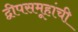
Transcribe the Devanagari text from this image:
द्वीपसमूहांची